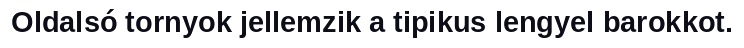
Oldalsó tornyok jellemzik a tipikus lengyel barokkot.